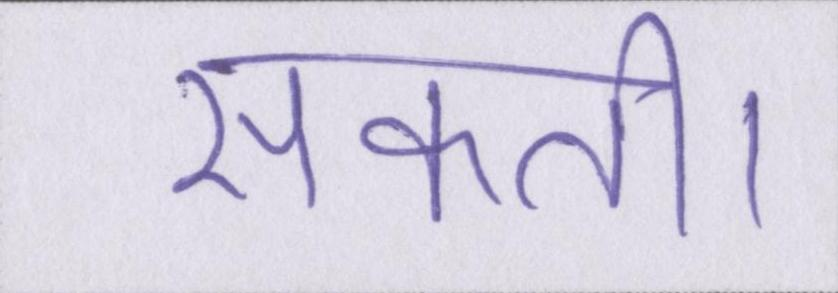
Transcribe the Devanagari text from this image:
सकती।